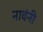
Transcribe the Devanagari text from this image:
नावंनी